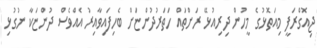
ޖިއޮގްރަފީ މިއަތޮޅުގެ މީހުން ދިރިއުޅޭ ރަށްތައް ހަތަރުދުންޏަށް ބެހިފައިވާއިރު އެއްވެސް ދުންޏަކާ ނުގުޅި